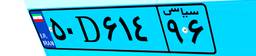
۵۰D۶۱۴۹۶